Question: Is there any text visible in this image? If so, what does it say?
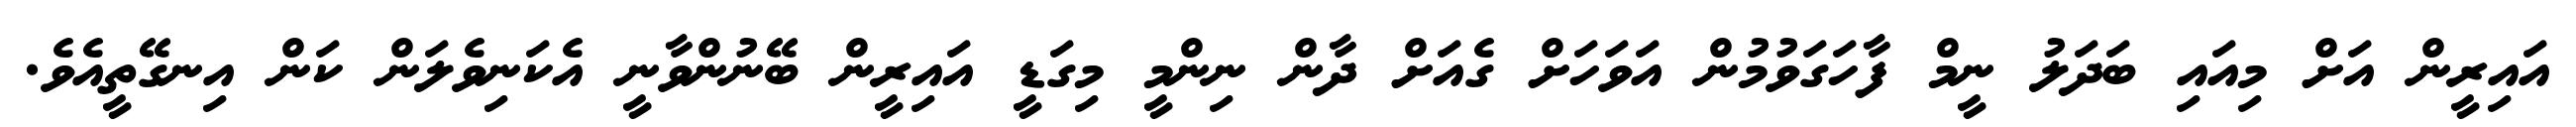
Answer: އައިރީން އަށް މިއައި ބަދަލު ނީމް ފާހަގަވުމުން އަވަހަށް ގެއަށް ދާން ނިންމީ މިގަޑީ އައިރީން ބޭނުންވާނީ އެކަނިވެލަން ކަން އިނގޭތީއެވެ.